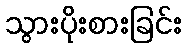
သွားပိုးစားခြင်း